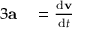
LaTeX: \begin{array} { r l } { { 3 } \mathbf { a } } & { { } = { \frac { \mathrm { d } \mathbf { v } } { \mathrm { d } t } } } \end{array}